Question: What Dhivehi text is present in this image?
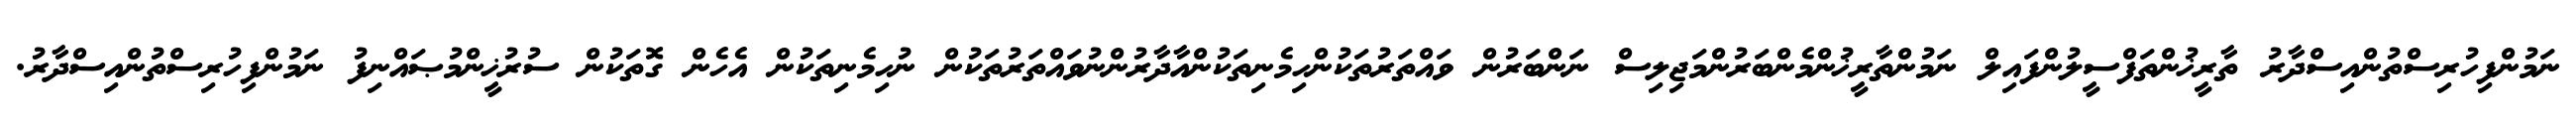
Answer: ނަމުންފިހުރިސްތުންއިސްދާރު ތާރީޚުންތަފްސީލުންފައިލް ނަމުންތާރީޚުންމެންބަރުންމަޖިލިސް ނަންބަރުން ވައްތަރުތަކުންހިމެނިތަކުންއާދާރުންނުވައްތަރުތަކުން ނުހިމެނިތަކުން އެހެން ގޮތަކުން ސުރުޚީންމުޞައްނިފު ނަމުންފިހުރިސްތުންއިސްދާރު.